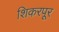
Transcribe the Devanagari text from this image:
शिकरपूर